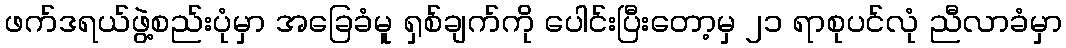
ဖက်ဒရယ်ဖွဲ့စည်းပုံမှာ အခြေခံမူ ရှစ်ချက်ကို ပေါင်းပြီးတော့မှ ၂၁ ရာစုပင်လုံ ညီလာခံမှာ